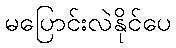
မပြောင်းလဲနိုင်ပေ